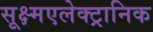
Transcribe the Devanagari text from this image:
सूक्ष्मएलेक्ट्रानिक